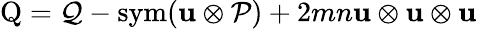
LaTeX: \mathrm{Q}=\mathcal{Q}-\operatorname{sym}(\mathbf{u}\otimes\mathcal{P})+2mn\mathbf{u}\otimes\mathbf{u}\otimes\mathbf{u}